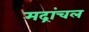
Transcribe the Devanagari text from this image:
मद्रांचल